Vaccine operations Central Provinces 1900-1911 - 1900-1911
Year: 1900
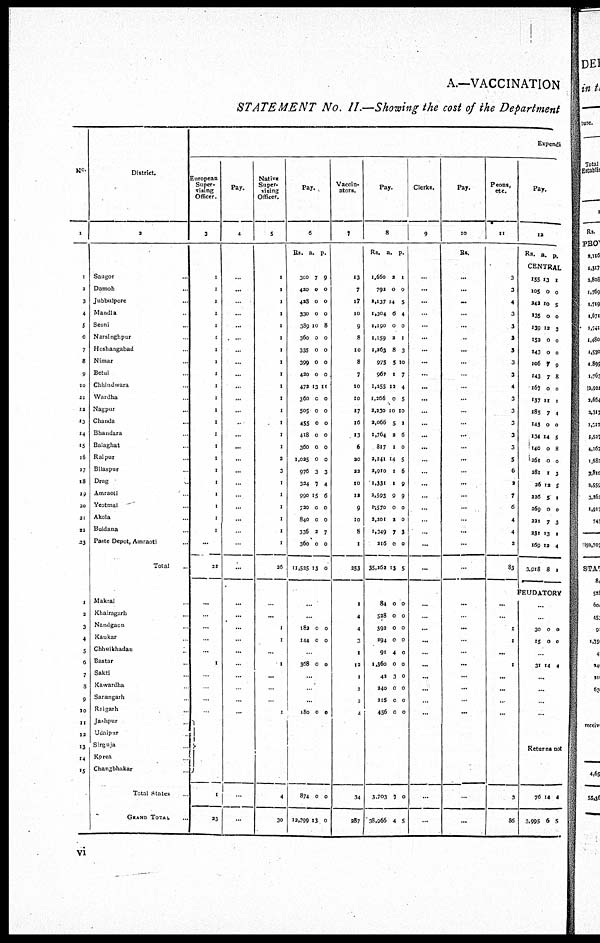
A.—VACCINATION
STATEMENT No. II.—Showing the cost of the Department
No.
1
1
2
3
4
5
6
7
8
9
10
11
12
13
14
15
16
17
18
19
20
21
22
23
1
2
3
4
5
6
7
8
9
10
11
12
13
14
15
District.
2
Saugor ...
Damoh ...
Jubbulpore ...
Mandla ...
Seoni ...
Narsinghpur ...
Hoshangabad ...
Nimar ...
Betul ...
Chhindwara ...
Wardha ...
Nagpur ...
Chanda ...
Bhandara ...
Balaghat ...
Raipur ...
Bilaspur ...
Drug ...
Amraoti ...
Yeotmal ...
Akola ...
Buldana ...
Paste Depot, Amraoti ...
Total ...
Makrai ...
Khairngarh ...
Nandgaon ...
Kaukar ...
Chhuikhadan ...
Bastar ...
Sakti ...
Kawardha ...
Sarangarh ...
Raigarh ...
Jashpur
Udaipur
Sirguja
Korea
Changbhakar
Total States ...
GRAND TOTAL ...
Expendi
European
Super-
vising
Officer.
3
1
1
1
1
1
1
1
1
1
1
1
1
1
1
1
1
1
1
1
1
1
1
...
22
...
...
...
...
...
1
...
...
...
...
1
23
Pay.
4
...
...
...
...
...
...
...
...
...
...
...
...
...
...
...
...
...
...
...
...
...
...
...
...
...
...
...
...
...
...
...
...
...
...
...
...
Native
Super-
vising
Officer.
5
1
1
1
1
1
1
1
1
1
1
1
1
1
1
1
1
1
1
1
1
1
1
1
26
...
...
1
1
...
1
...
...
...
1
4
30
Pay.
6
Rs.
300
430
428
330
389
360
335
399
420
472
360
505
455
418
360
1,025
976
324
990
720
840
336
360
11,525
a.
7
0
0
0
10
0
0
0
0
13
0
0
0
0
0
0
3
7
15
0
0
2
0
13
p.
9
0
0
0
8
0
0
0
0
11
0
0
0
0
0
0
3
4
6
0
0
7
0
0
...
...
182
144
0
0
0
0
...
368 0 0
...
...
...
180 0 0
874
12,399
0
13
0
0
Vaccin-
ators.
7
13
7
17
10
9
8
10
8
7
10
10
17
16
13
6
20
22
10
12
9
10
8
1
253
1
4
4
3
1
12
1
2
2
4
34
287
Pay.
8
Rs.
1,660
792
2,137
1,304
1,190
1,159
1,263
915
967
1,255
1,266
2,230
2,066
1,764
817
2,241
2,910
1,351
2,593
1,570
2,201
1,349
216
35,162
84
528
392
294
91
1,360
42
240
216
456
a.
2
0
14
6
0
2
8
5
1
12
0
10
5
2
1
14
1
1
9
0
2
7
0
13
0
0
0
0
4
0
3
0
0
0
p.
1
0
5
4
0
1
3
10
7
4
5
10
1
6
0
5
6
9
9
0
0
3
0
5
0
0
0
0
0
0
0
0
0
0
3,703
38,966
7
4
0
5
Clerks.
9
...
...
...
...
...
...
...
...
...
...
...
...
...
...
...
...
...
...
...
...
...
...
...
...
...
...
...
...
...
...
...
...
...
...
...
...
Pay.
10
Rs.
...
...
...
...
...
...
...
...
...
...
...
...
...
...
...
...
...
...
...
...
...
...
...
...
...
...
...
...
...
...
...
...
...
...
...
...
Peons,
etc.
11
3
3
4
3
3
3
3
3
3
4
3
3
3
3
3
5
6
2
7
6
4
4
2
83
...
...
1
1
...
1
...
...
...
...
3
86
Pay.
12
Rs. a. p.
CENTRAL
155
105
242
135
139
152
143
106
143
167
137
185
143
134
140
261
281
26
226
269
221
231
169
3,918
13
0
10
0
12
0
0
7
7
0
11
7
0
14
0
0
1
12
5
0
7
13
12
8
1
0
5
0
3
0
0
9
8
0
1
4
0
5
8
0
3
5
1
0
3
1
4
1
FEUDATORY
...
...
30
15
0
0
0
0
...
31 14 4
...
...
...
...
Returns not
76
3,995
14
6
4
5
vi